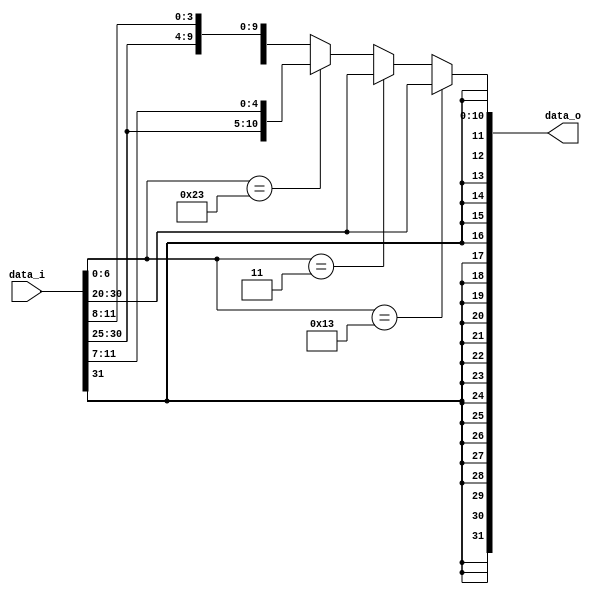
module Imm_Gen(
	data_i,
	data_o
);

input signed	 [31:0] 	data_i;
output signed	 [31:0] 	data_o;

wire			 [6:0] 		opcode;
wire 			 [11:0] 	imme;

assign opcode = data_i[6:0];
assign imme = (opcode == 7'b0010011)? data_i[31:20]:
			(opcode == 7'b0000011)? data_i[31:20]:
			(opcode == 7'b0100011)? {data_i[31:25], data_i[11:7]}:
			{data_i[31], data_i[7], data_i[30:25], data_i[11:8]};

assign data_o = {{20{imme[11]}}, imme[11:0]};

endmodule